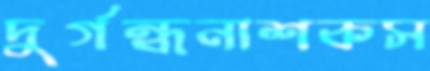
দুর্গন্ধনাশকস